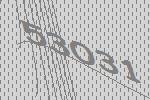
53031